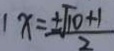
1 x = \frac { \pm \sqrt { 1 0 } + 1 } { 2 }